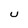
Character: U